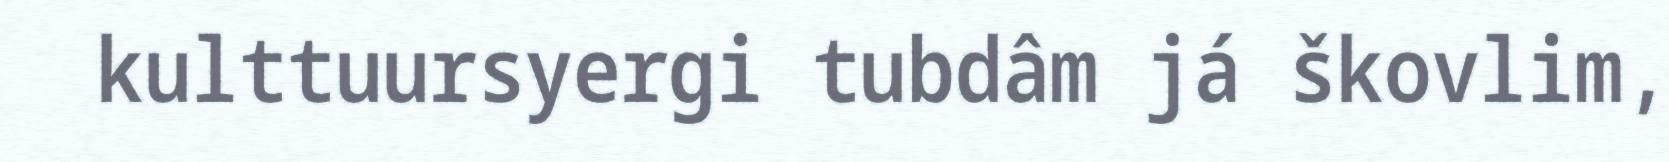
kulttuursyergi tubdâm já škovlim,